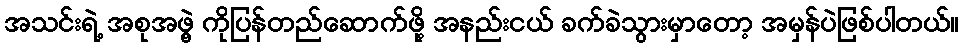
အသင်းရဲ့ အစုအဖွဲ့ ကိုပြန်တည်ဆောက်ဖို့ အနည်းငယ် ခက်ခဲသွားမှာတော့ အမှန်ပဲဖြစ်ပါတယ်။